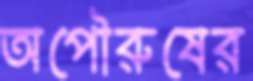
অপৌরুষের